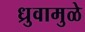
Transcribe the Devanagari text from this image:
ध्रुवामुळे